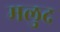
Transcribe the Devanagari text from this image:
मलुद